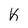
Character: K